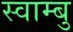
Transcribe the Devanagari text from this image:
स्वाम्बु